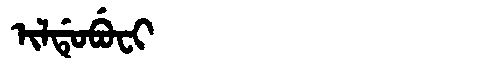
Manchu: ᡳᠯᡩᡠᠪᡠᠸᡳ
Romanization: ILDUBUFI